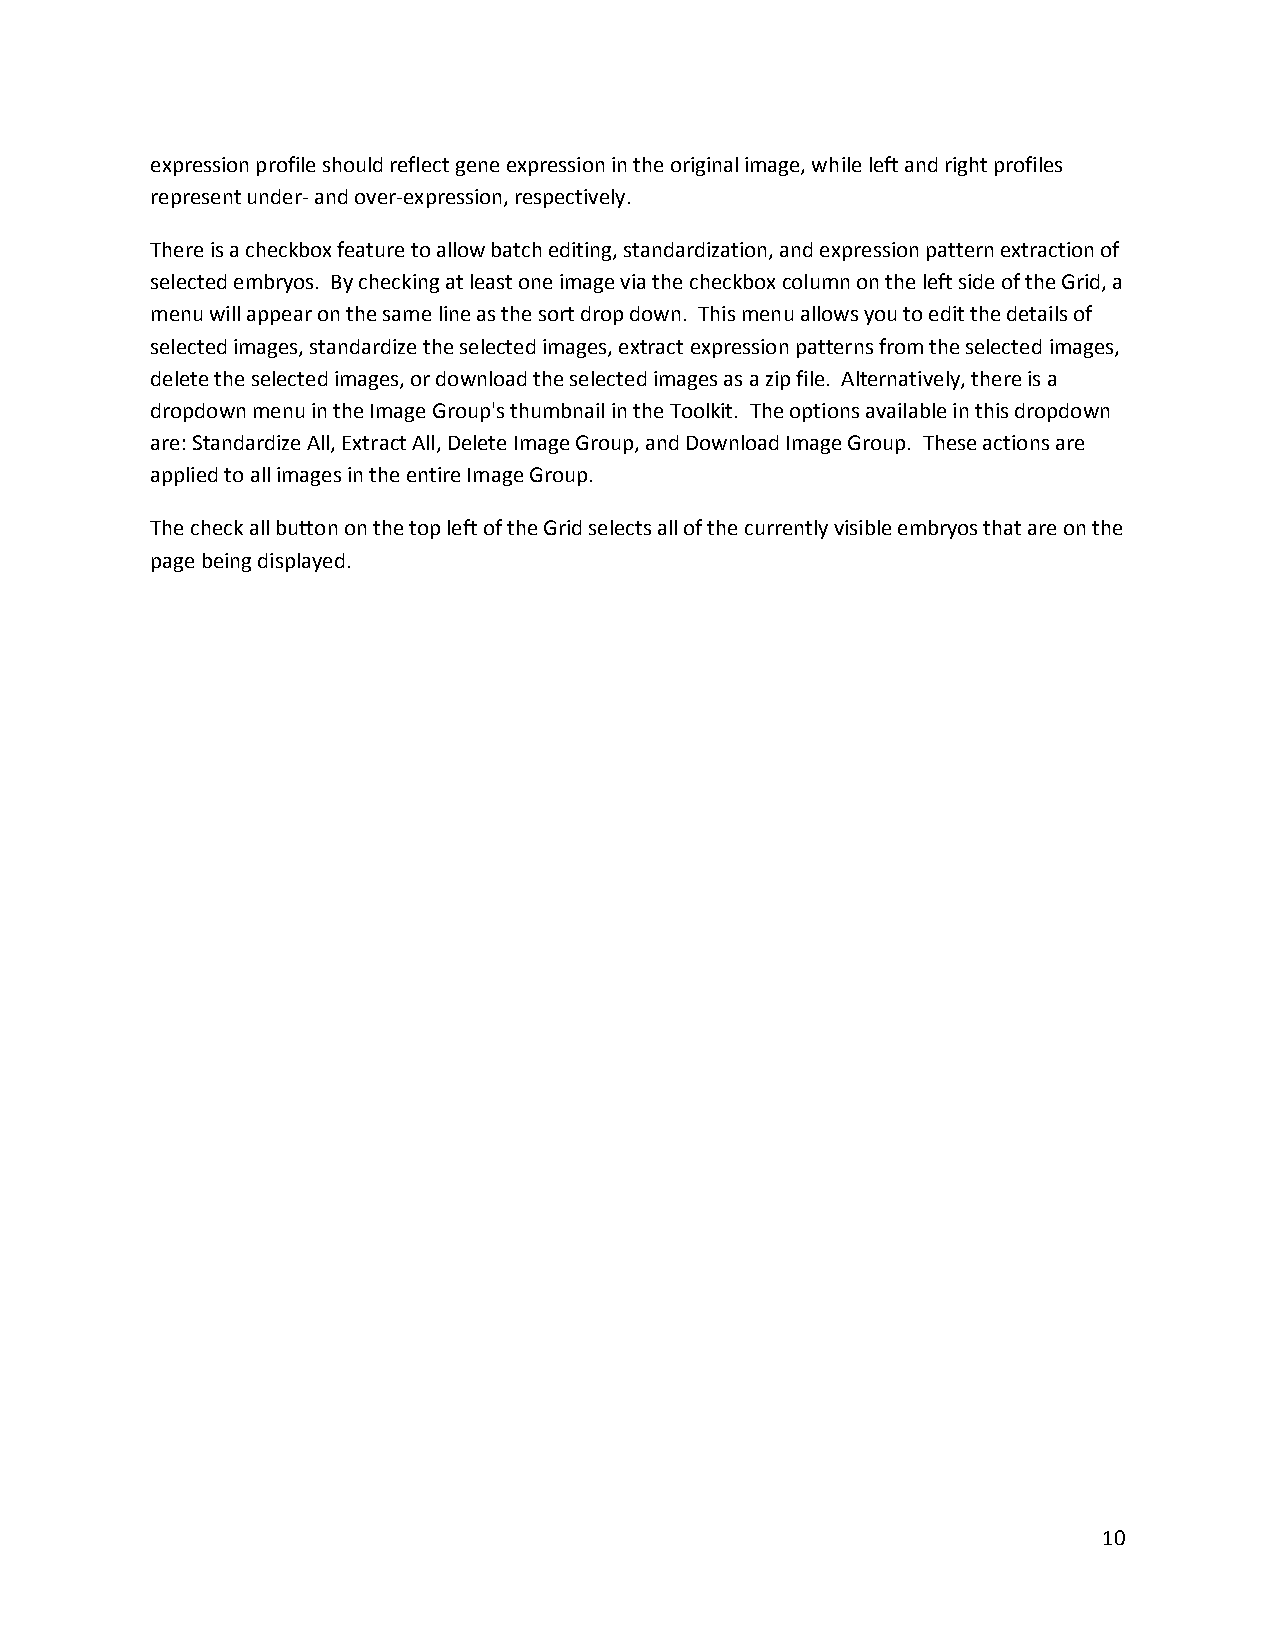
expression profile should reflect gene expression in the original image, while left and right profiles
 represent under- and over-expression, respectively.
 There is a checkbox feature to allow batch editing, standardization, and expression pattern extraction of
 selected embryos. By checking at least one image via the checkbox column on the left side of the Grid, a
 menu will appear on the same line as the sort drop down. This menu allows you to edit the details of
 selected images, standardize the selected images, extract expression patterns from the selected images,
 delete the selected images, or download the selected images as a zip file. Alternatively, there is a
 dropdown menu in the Image Group's thumbnail in the Toolkit. The options available in this dropdown
 are: Standardize All, Extract All, Delete Image Group, and Download Image Group. These actions are
 applied to all images in the entire Image Group.
 The check all button on the top left of the Grid selects all of the currently visible embryos that are on the
 page being displayed.
 10